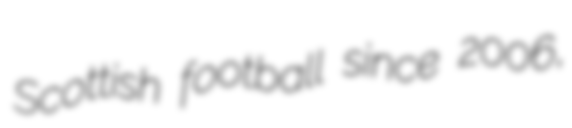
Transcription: Scottish football since 2006,